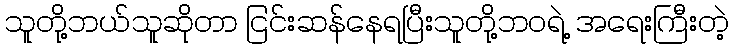
သူတို့ဘယ်သူဆိုတာ ငြင်းဆန်နေရပြီးသူတို့ဘဝရဲ့ အရေးကြီးတဲ့